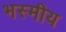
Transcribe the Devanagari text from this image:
भस्मीय